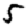
Digit: 5